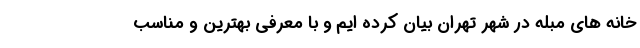
خانه های مبله در شهر تهران بیان کرده ایم و با معرفی بهترین و مناسب